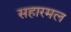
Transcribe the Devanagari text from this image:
सहारमल